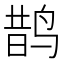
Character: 鹊